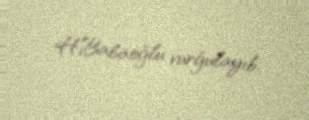
H.Babaoğlu vurğulayıb.